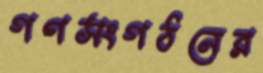
গণসংগঠনের